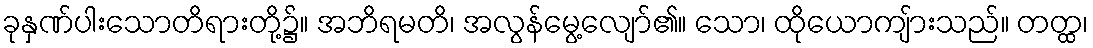
ခုနှဏ်ပါးသောတိရားတို့၌။ အဘိရမတိ၊ အလွန်မွေ့လျော်၏။ သော၊ ထိုယောကျ်ားသည်။ တတ္ထ၊